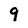
Character: 9